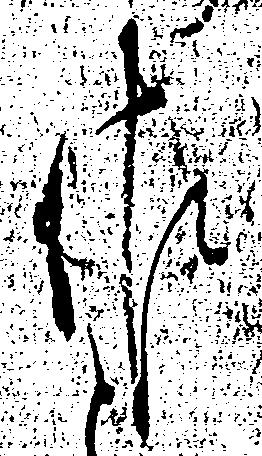
佐